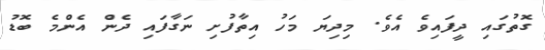
ގޮތުގައި ދީފައިވެ އެވެ. މިދިޔަ މަހު އިތާފުށި ނަގާފައި ދެން އެންމެ ބޮޑު